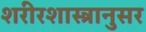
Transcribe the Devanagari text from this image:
शरीरशास्त्रानुसर